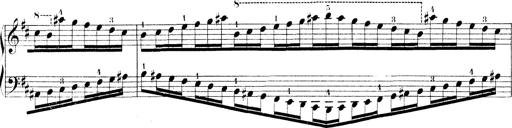
Title: Technische Studien
Composer: Franz Liszt